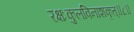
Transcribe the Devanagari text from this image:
रक्षःकुलविनाशकृत्‌॥८॥